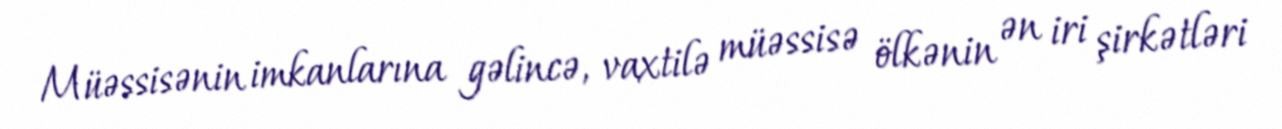
Müəssisənin imkanlarına gəlincə, vaxtilə müəssisə ölkənin ən iri şirkətləri